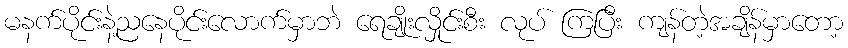
မနက်ပိုင်းနဲ့ညနေပိုင်းလောက်မှာဘဲ ရေချိုးလှိုင်းစီး လုပ် ကြပြီး ကျန်တဲ့အချိန်မှာတော့